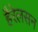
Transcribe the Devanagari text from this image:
हैरेलसन